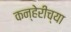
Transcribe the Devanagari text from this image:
कन्हेरीच्या